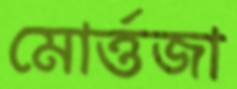
মোর্ত্তজা